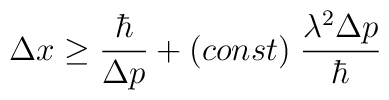
\Delta x \ge \frac{\hbar}{\Delta p} + (const) \; \frac{\lambda^2 \Delta p}{\hbar}